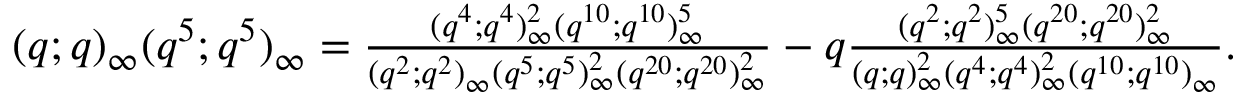
\begin{array} { r } { ( q ; q ) _ { \infty } ( q ^ { 5 } ; q ^ { 5 } ) _ { \infty } = \frac { ( q ^ { 4 } ; q ^ { 4 } ) _ { \infty } ^ { 2 } ( q ^ { 1 0 } ; q ^ { 1 0 } ) _ { \infty } ^ { 5 } } { ( q ^ { 2 } ; q ^ { 2 } ) _ { \infty } ( q ^ { 5 } ; q ^ { 5 } ) _ { \infty } ^ { 2 } ( q ^ { 2 0 } ; q ^ { 2 0 } ) _ { \infty } ^ { 2 } } - q \frac { ( q ^ { 2 } ; q ^ { 2 } ) _ { \infty } ^ { 5 } ( q ^ { 2 0 } ; q ^ { 2 0 } ) _ { \infty } ^ { 2 } } { ( q ; q ) _ { \infty } ^ { 2 } ( q ^ { 4 } ; q ^ { 4 } ) _ { \infty } ^ { 2 } ( q ^ { 1 0 } ; q ^ { 1 0 } ) _ { \infty } } . } \end{array}